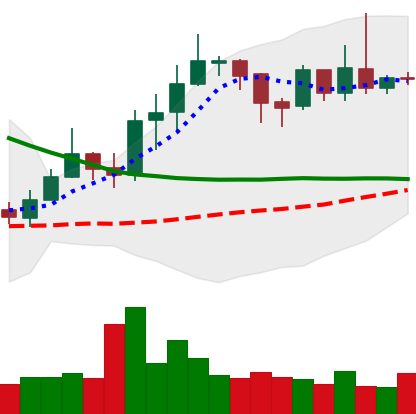
Ticker: ETC-USD
Chart end date: 2019-04-01
Forward return: 24.298%
Label: up_7plus